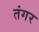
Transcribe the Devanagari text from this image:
तंगर